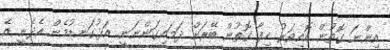
އިންނަ ގޮތުން އޮއިވަރު ހިފާ ގޮތުން ބޭރަށް ދަމައިގަންނަނީ. އަޅުގަނޑުމެން އެދެނީ އެ